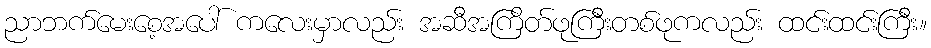
ညာဘက်မေးစေ့အပေါ် ကလေးမှာလည်း အဆီအကြိတ်ဖုကြီးတစ်ဖုကလည်း ထင်းထင်းကြီး။